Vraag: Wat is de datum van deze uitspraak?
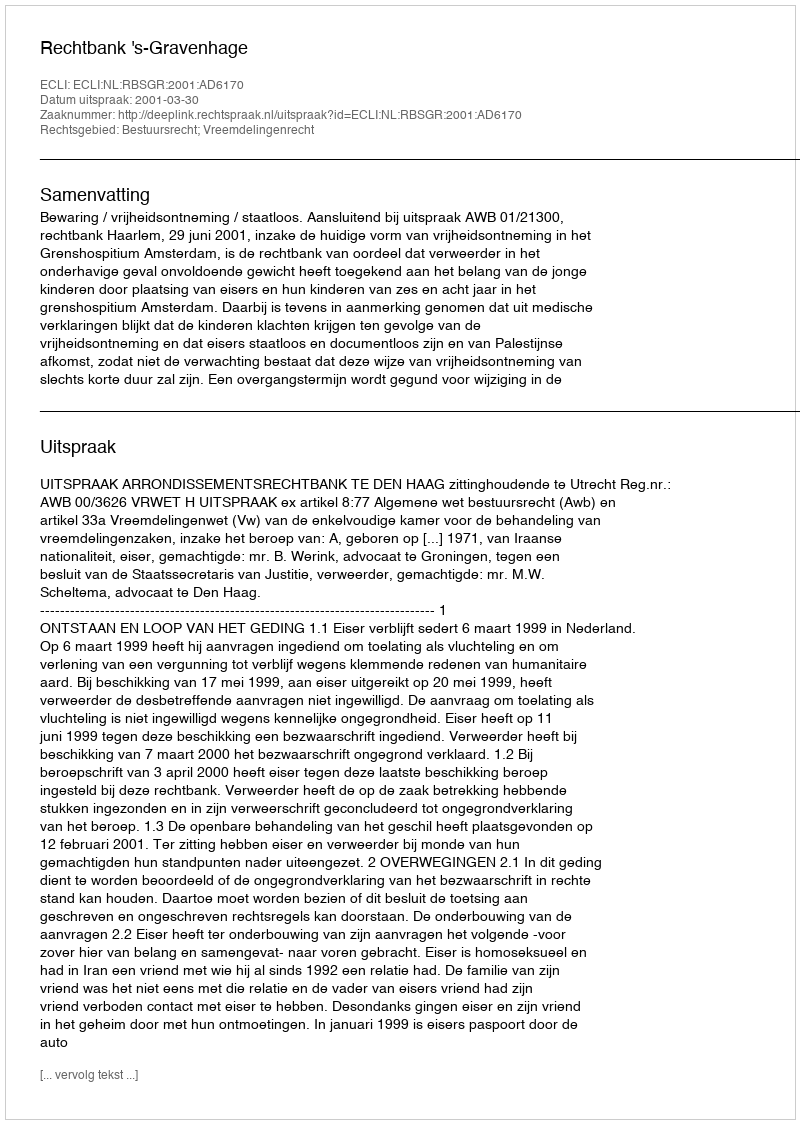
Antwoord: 2001-03-30